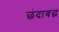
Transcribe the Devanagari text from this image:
छंदाबद्ध